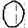
Digit: 0